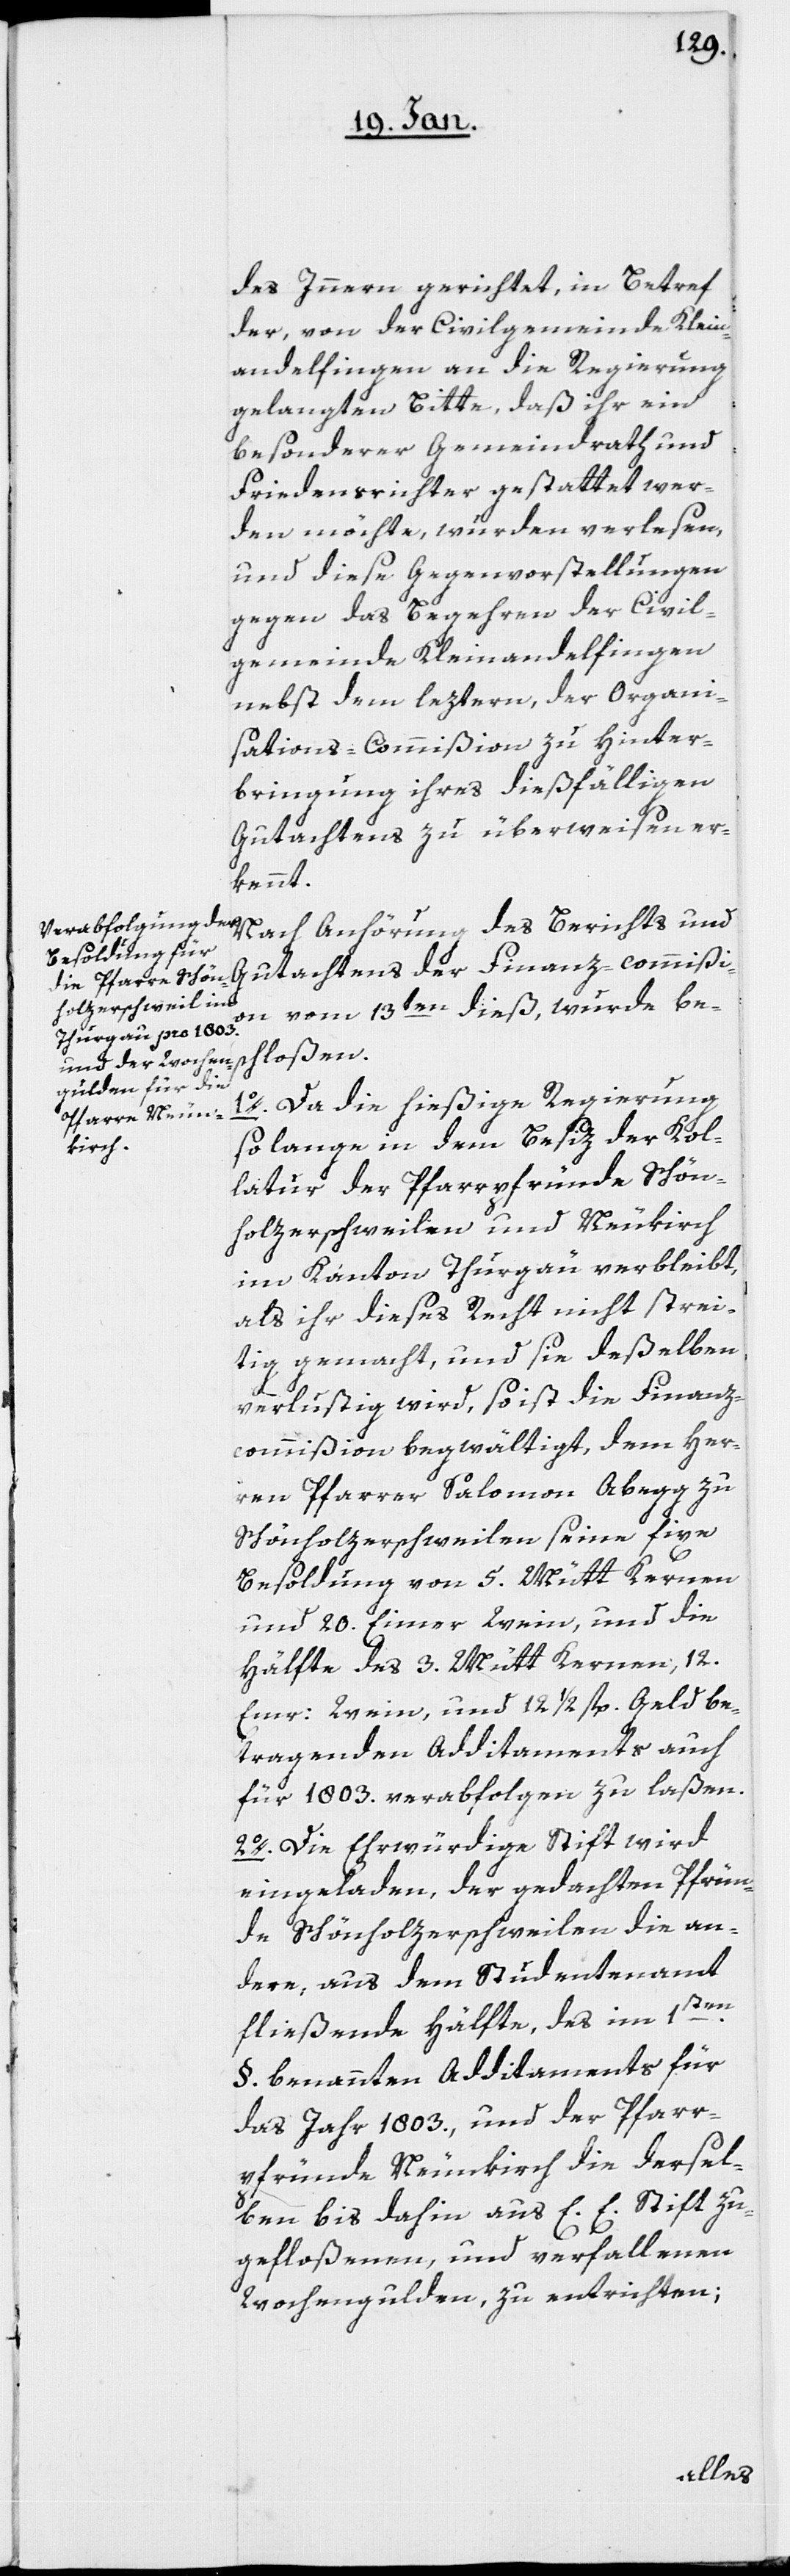
des Innern gerichtet, in Betreff
der, von der Civilgemeinde Klein¬
andelfingen an die Regierung
gelangten Bitte, daß ihr ein
besonderer Gemeindrath und
Friedensrichter gestattet wer¬
den möchte, wurden verlesen,
und diese Gegenvorstellungen
gegen das Begehren der Civil¬
gemeinde Kleinandelfingen
nebst dem leztern, der Organi¬
sations-Commißion zu Hinter¬
bringung ihres dießfälligen
Gutachtens zu überweisen er¬
kannt.
Nach Anhörung des Berichts und
Gutachtens der Finanz-commißi¬
on vom 13ten dieß, wurde be¬
schloßen.
1o. Da die hießige Regierung
so lange in dem Besitz der Kol¬
latur der Pfarrpfründe Schön¬
holzerschweilen und Neukirch
im Kanton Thurgäu verbleibt,
als ihr dieses Recht nicht strei¬
tig gemacht, und sie deßelben
verlustig wird, so ist die Finanz¬
commißion begwältigt, dem Her¬
ren Pfarrer Salomon Abegg zu
Schönholzerschweilen seine fixe
Besoldung von 5. Mütt Kernen
und 20. Eimer Wein, und die
Hälfte des 3. Mütt Kernen, 12.
Emr: Wein, und 12 1/2 fl. Geld be¬
tragenden Additaments auch
für 1803. verabfolgen zu laßen.
2o. Die Ehrwürdige Stift wird
eingeladen, der gedachten Pfrün¬
de Schönholzerschweilen die an¬
dere, aus dem Studentenamt
fließende Hälfte, des im 1sten.
§. benannten Additaments für
das Jahr 1803., und der Pfarr¬
pfründe Neukirch die dersel¬
ben bis dahin aus E. E. Stift zu¬
gefloßenen und verfallenen
Wochengulden, zu entrichten;